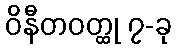
ဝိနီတဝတ္ထု ၇-ခု